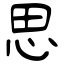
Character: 思